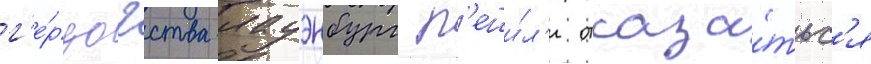
г'е́рцогства лауэнбург р'еши́л'и отказа́тьс'я